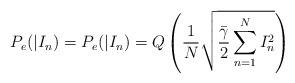
LaTeX: \begin{align*}{{P}_{e}}(|{{I}_{n}})={{P}_{e}}(|{{I}_{n}})=Q\left( \frac{1}{N}\sqrt{\frac{{\bar{\gamma }}}{2}\sum\limits_{n=1}^{N}{I_{n}^{2}}} \right)\end{align*}